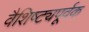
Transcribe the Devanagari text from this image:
वैशिष्ट्यपूर्वक